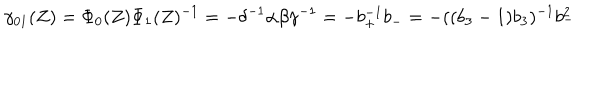
LaTeX: \gamma _ { 0 1 } ( Z ) = \Phi _ { 0 } ( Z ) \Phi _ { 1 } ( Z ) ^ { - 1 } = - \delta ^ { - 1 } \alpha \beta \gamma ^ { - 1 } = - b _ { + } ^ { - 1 } b _ { - } = - ( ( b _ { 3 } - 1 ) b _ { 3 } ) ^ { - 1 } b _ { - } ^ { 2 }